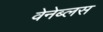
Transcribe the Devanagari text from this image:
वेनेब्लस